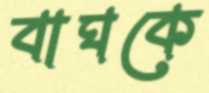
বাঘকে